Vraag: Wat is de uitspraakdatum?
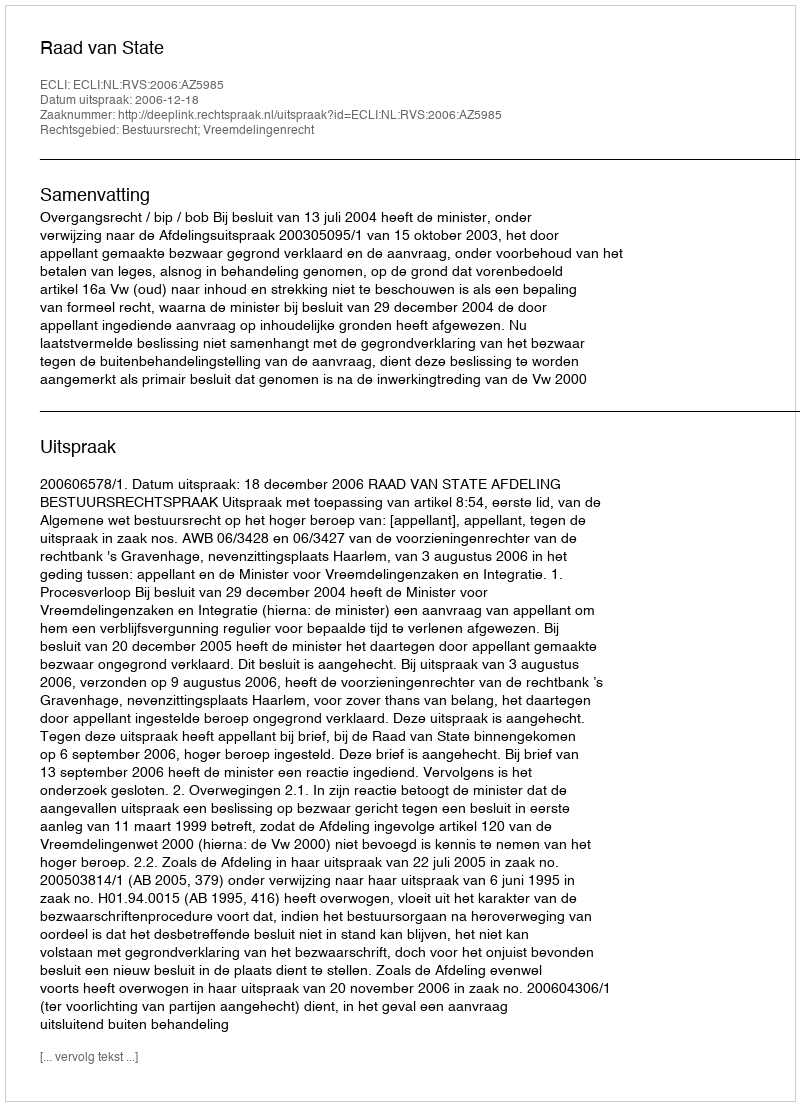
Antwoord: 2006-12-18